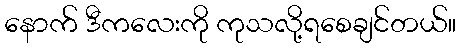
နောက် ဒီကလေးကို ကုသလို့ရစေချင်တယ်။